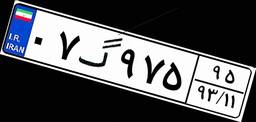
۷۶گ۹۰۲۳۱